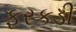
ફરકડી